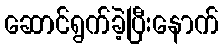
ဆောင်ရွက်ခဲ့ပြီးနောက်